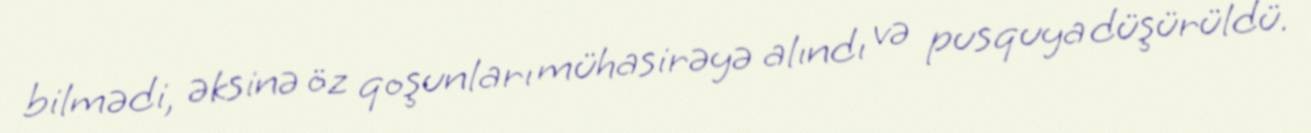
bilmədi, əksinə öz qoşunları mühasirəyə alındı və pusquya düşürüldü.